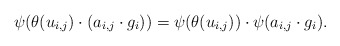
\begin{align*}\psi(\theta(u_{i,j}) \cdot (a_{i,j} \cdot g_i))= \psi(\theta(u_{i,j})) \cdot \psi(a_{i,j} \cdot g_i).\end{align*}